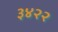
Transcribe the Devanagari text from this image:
३४२२